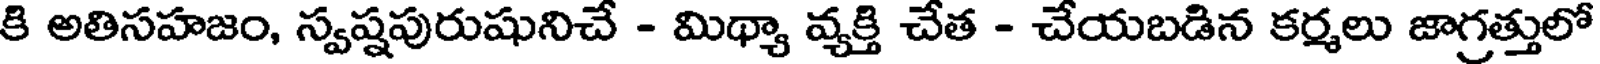
కి అతిసహజం, స్వష్షపురుషునిచే - మిథ్యా వ్యక్తి చేత - చేయబడిన కర్మలు జాగ్రత్తులో